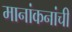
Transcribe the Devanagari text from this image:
मानांकनांची